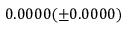
0 . 0 0 0 0 ( \pm 0 . 0 0 0 0 )